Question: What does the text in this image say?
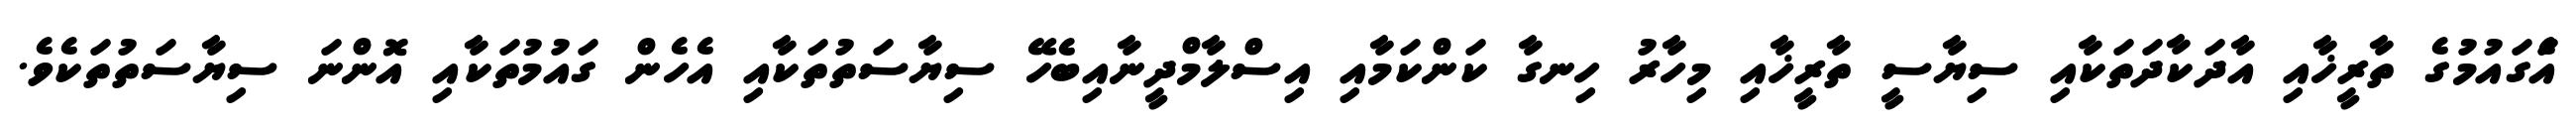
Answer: އެަގައުމުގެ ތާރީޚާއި އާދަކާދަތަކާއި ސިޔާސީ ތާރީޚާއި މިހާރު ހިނގާ ކަންކަމާއި އިސްލާމްދީނާއިބެހޭ ސިޔާސަތުތަކާއި އެހެން ގައުމުތަކާއި އޮންނަ ސިޔާސަތުތަކެވެ.